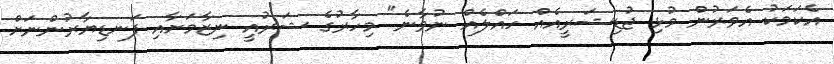
އެކަމަކު އެވަރުން މުޅި ޖުޑިޝަރީއެއް ހައްލެއް ނުވާނެ" މިހާރުގެ ޝަރުއީ ނިޒާމަށާއި ފަނޑިޔާރުންނަށް